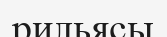
рильясы